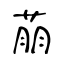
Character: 萠